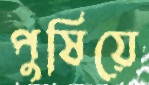
পুষিয়ে